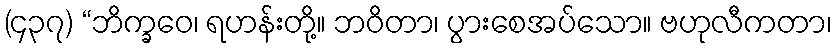
(၄၃၇) “ဘိက္ခဝေ၊ ရဟန်းတို့။ ဘဝိတာ၊ ပွားစေအပ်သော။ ဗဟုလီကတာ၊